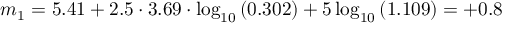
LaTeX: m _ { 1 } = 5 . 4 1 + 2 . 5 \cdot 3 . 6 9 \cdot \log _ { 1 0 } { \left( 0 . 3 0 2 \right) } + 5 \log _ { 1 0 } { \left( 1 . 1 0 9 \right) } = + 0 . 8